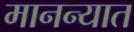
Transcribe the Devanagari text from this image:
मानन्यात